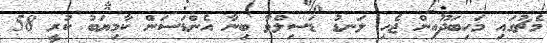
މެޗުގައި މަހިބަދޫއިން ޖެހި ލަނޑު ޑަސިލްވާ ބިނާ އެންޑަސަން ކާމިޔަބު ކުރީ 58